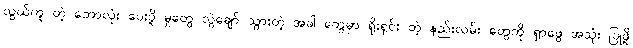
လွယ်ကူ တဲ့ ဘောလုံး ပေးပို့ မှုတွေ လွဲချော် သွားတဲ့ အခါ တွေမှာ ရိုးရှင်း တဲ့ နည်းလမ်း တွေကို ရှာဖွေ အသုံး ပြုဖို့